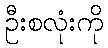
ဦးစလုံးကို